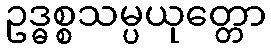
ဥဒ္ဓစ္စသမ္ပယုတ္တော